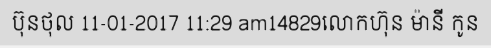
ប៊ុនថុល 11-01-2017 11:29 am14829លោកហ៊ុន ម៉ានី កូន